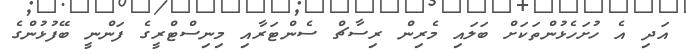
އަދި އެ ހުށަހެޅުންތަކަށް ބަލައި މެރިން ރިސާޗް ސެންޓަރާއި މިނިސްޓްރީގެ ފަންނީ ބޭފުޅުންގެ